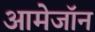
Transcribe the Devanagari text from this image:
आमेजॉन